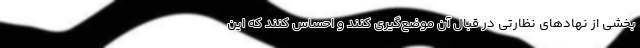
بخشی از نهادهای نظارتی در قبال آن موضع‌گیری کنند و احساس کنند که این